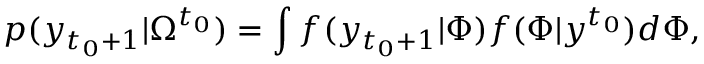
p ( y _ { t _ { 0 } + 1 } | \Omega ^ { t _ { 0 } } ) = \int f ( y _ { t _ { 0 } + 1 } | \Phi ) f ( \Phi | y ^ { t _ { 0 } } ) d \Phi ,